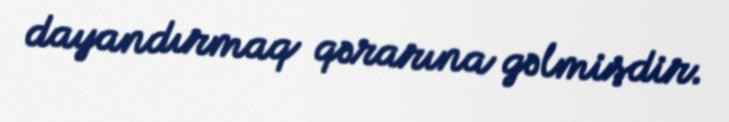
dayandırmaq qərarına gəlmişdir.